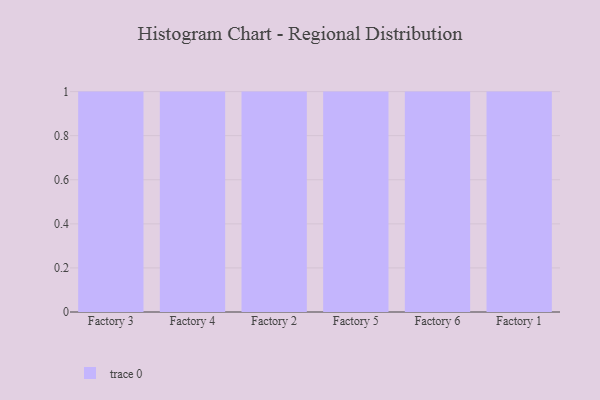
{"axis": {"x": "Factory", "y": "Website Visitors"}, "legend": [""], "data": [{"x": "Factory 3", "y": 59, "type": ""}, {"x": "Factory 4", "y": 28, "type": ""}, {"x": "Factory 2", "y": 76, "type": ""}, {"x": "Factory 5", "y": 34, "type": ""}, {"x": "Factory 6", "y": 29, "type": ""}, {"x": "Factory 1", "y": 79, "type": ""}]}